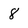
Character: 8